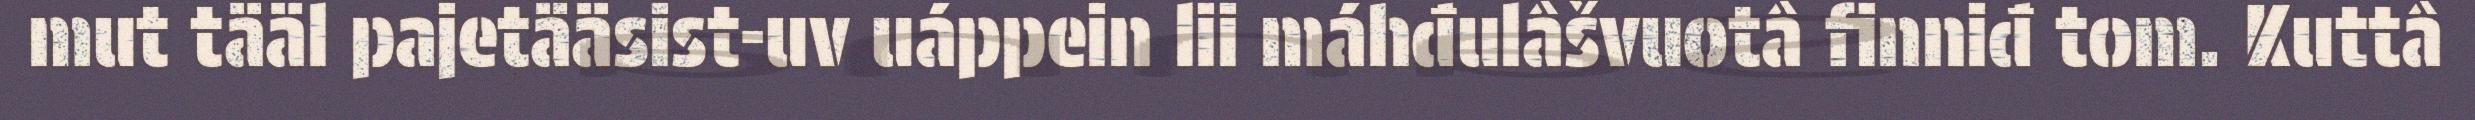
mut tääl pajetääsist-uv uáppein lii máhđulâšvuotâ finniđ tom. Kuttâ